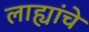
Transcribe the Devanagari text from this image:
लाह्यांचे